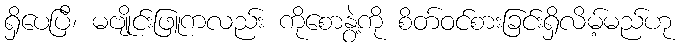
ရှိပေပြီ၊ မဗျိုင်းဖြူကလည်း ကိုစောနွဲ့ကို စိတ်ဝင်စားခြင်းရှိလိမ့်မည်ဟု